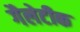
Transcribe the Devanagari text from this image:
गैलेटीक